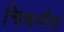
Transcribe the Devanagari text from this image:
चिकपीज